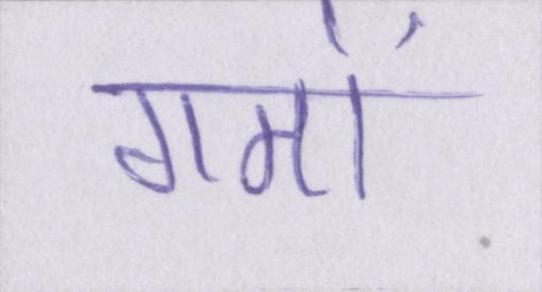
गमों